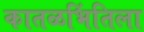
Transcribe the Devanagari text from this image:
कातळभिंतिला